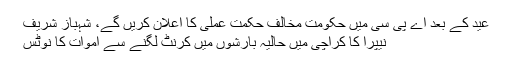
عید کے بعد اے پی سی میں حکومت مخالف حکمت عملی کا اعلان کریں گے، شہباز شریف
نیپرا کا کراچی میں حالیہ بارشوں میں کرنٹ لگنے سے اموات کا نوٹس